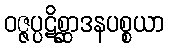
ဝဇ္ဇပ္ပဋိစ္ဆာဒနပစ္စယာ